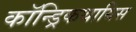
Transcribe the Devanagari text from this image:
कॉन्ड्रिकथायिस